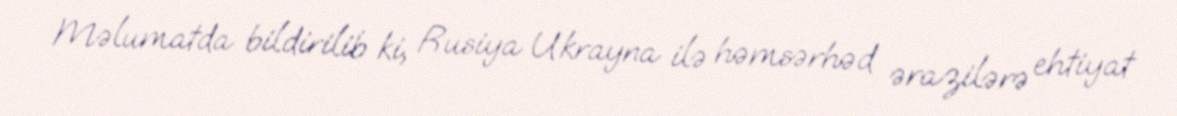
Məlumatda bildirilib ki, Rusiya Ukrayna ilə həmsərhəd ərazilərə ehtiyat